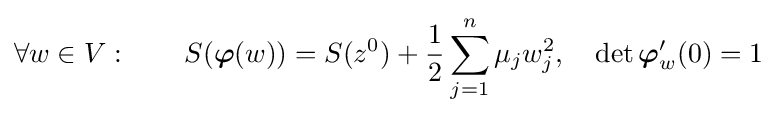
\forall w\in V:\qquad S({\boldsymbol {\varphi }}(w))=S(z^{0})+{\frac {1}{2}}\sum _{j=1}^{n}\mu _{j}w_{j}^{2},\quad \det {\boldsymbol {\varphi }}_{w}'(0)=1